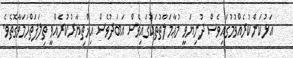
އަޅުކަންކުރެއްވުމުގައިވެސް ދުނިޔަވީ މުޢާމަލާތުތަކުގައިވެސް އަބަދުވެސް އިޚްތިޔާރުކުރެއްވީ ތިލަފަތްހަމަވާގޮތެވެ.